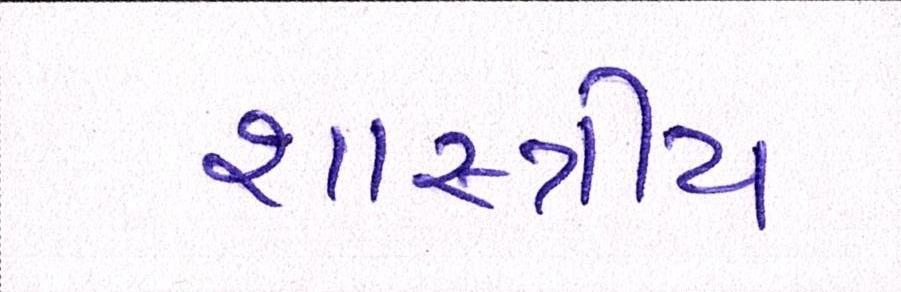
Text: શાસ્ત્રીય